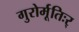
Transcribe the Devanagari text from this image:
गुरोर्मूतिःर्